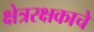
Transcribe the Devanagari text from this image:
क्षेत्ररक्षकाचे